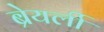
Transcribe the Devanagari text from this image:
ब्रेयर्ली